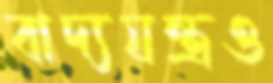
বাদ্যযন্ত্রও